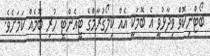
ބޯޓްނިކޮވް ވިދާޅުވީ އެ ބޮމަކީ އެއް ކިލޯގުރާމްގެ ޓީއެންޓީ ހުރި ބޮމެއް ކަމަށެވެ.